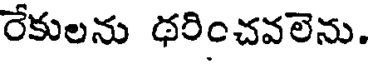
రేకులను థరించవలెను.